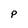
Character: p